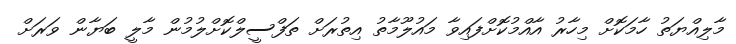
މާލިއްޔަތު ހާމަކޮށް މިހާރު އާއްމުކޮށްފައިވާ މައުލޫމާތު އިތުރަށް ތަފްސީލްކޮށްލުމުން މާލީ ބަޔާން ވަރަށް